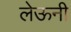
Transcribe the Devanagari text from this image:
लेऊनी